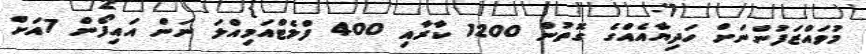
މުވައްޒަފުންނަށް ހަދިޔާއެއްގެ ގޮތުން 1200 ކާރާއި 400 ފްލެޓްއަމިއްލަ ނަން އައިފޯން 7އަށް